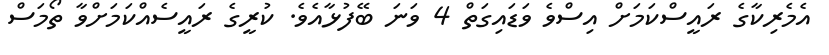
އެމެރިކާގެ ރައީސްކަމަށް އިސްވެ ވަޑައިގަތް 4 ވަނަ ބޭފުޅާއެވެ. ކުރީގެ ރައީސެއްކަމަށްވާ ތޯމަސް